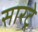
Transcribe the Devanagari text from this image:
सारट्रे